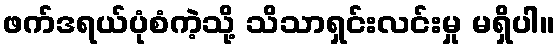
ဖက်ဒရယ်ပုံစံကဲ့သို့ သိသာရှင်းလင်းမှု မရှိပါ။